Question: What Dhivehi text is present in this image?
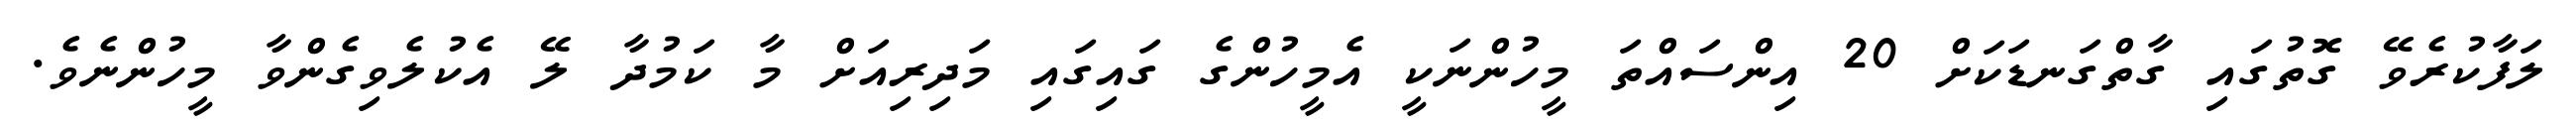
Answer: ލަފާކުރެވޭ ގޮތުގައި ގާތްގަނޑަކަށް 20 އިންސައްތަ މީހުންނަކީ އެމީހުންގެ ގައިގައި މަދިރިއަށް މާ ކަމުދާ ލޭ އެކުލެވިގެންވާ މީހުންނެވެ.